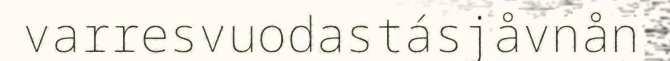
varresvuodastásjåvnån